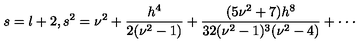
s = l + 2 , s ^ { 2 } = \nu ^ { 2 } + \frac { h ^ { 4 } } { 2 ( \nu ^ { 2 } - 1 ) } + \frac { ( 5 \nu ^ { 2 } + 7 ) h ^ { 8 } } { 3 2 ( \nu ^ { 2 } - 1 ) ^ { 3 } ( \nu ^ { 2 } - 4 ) } + \cdot \cdot \cdot